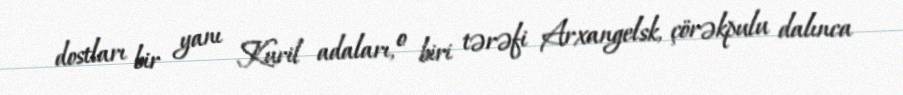
dostları bir yanı Kuril adaları, o biri tərəfi Arxangelsk, çörəkpulu dalınca